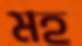
মহ